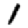
Digit: 1